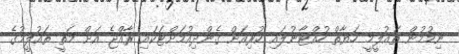
ނިމުމުން ތައުލީމީ ހަޔާތް ހުއްޓާނުލައި ކުރިއަށް ގެންދިއުމަށްޓަކައި ރާއްޖެ އަށް މަތީ ތައުލީމުގެ